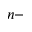
n -